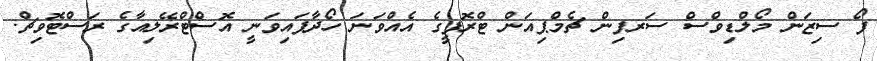
ފޯ ސިޒަން މޯލްޑިވްސް ސަރފިން ޗެމްޕިއަން ޓްރޮފީގެ އެއްވަނަ ހޯދާފައިވަނީ އޮސްޓްރޭލިއާގެ ރަސްޓޮވިޗް.